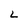
Character: L